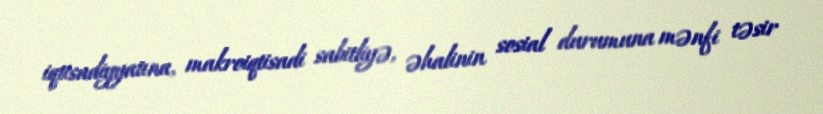
iqtisadiyyatına, makroiqtisadi sabitliyə, əhalinin sosial durumuna mənfi təsir